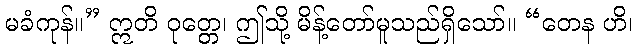
မခံကုန်။” ဣတိ ဝုတ္တေ၊ ဤသို့ မိန့်တော်မူသည်ရှိသော်။ “တေန ဟိ၊